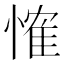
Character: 𢞕